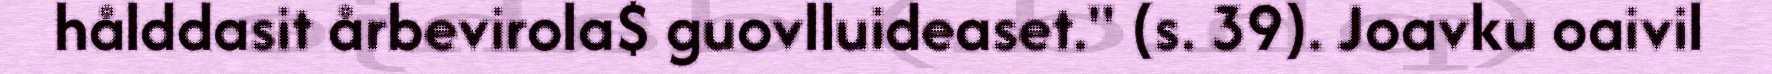
hålddasit årbevirola$ guovlluideaset." (s. 39). Joavku oaivil